Development of the Leishman-Donovan parasite in Cimex rotundatus - Number 31
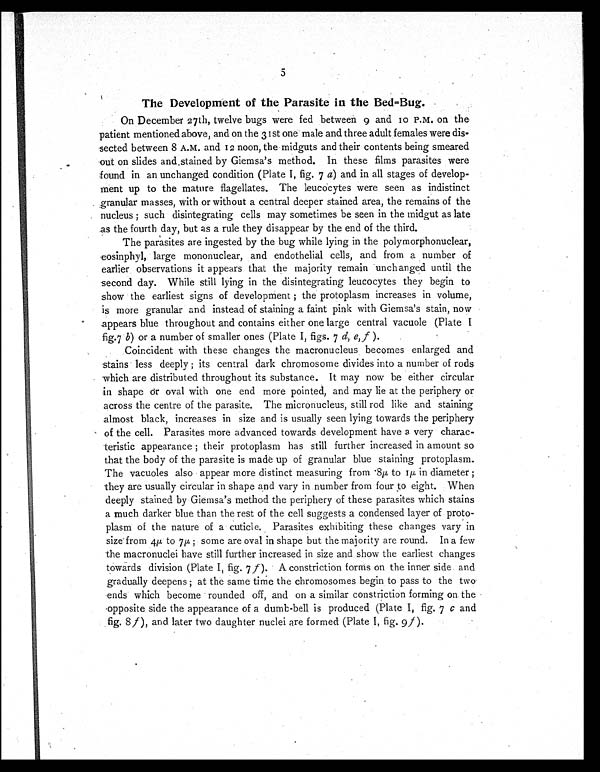
5
The Development of the Parasite in the Bed-Bug.
On December 27th, twelve bugs were fed between 9 and 10 P.M. on the
patient mentioned above, and on the 31st one male and three adult females were dis-
sected between 8 A.M. and 12 noon, the midguts and their contents being smeared
out on slides and stained by Giemsa's method. In these films parasites were
found in an unchanged condition (Plate I, fig. 7 a) and in all stages of develop-
ment up to the mature flagellates. The leucocytes were seen as indistinct
granular masses, with or without a central deeper stained area, the remains of the
nucleus ; such disintegrating cells may sometimes be seen in the midgut as late
as the fourth day, but as a rule they disappear by the end of the third.
The parasites are ingested by the bug while lying in the polymorphonuclear,
eosinphyl, large mononuclear, and endothelial cells, and from a number of
earlier observations it appears that the majority remain unchanged until the
second day. While still lying in the disintegrating leucocytes they begin to
show the earliest signs of development ; the protoplasm increases in volume,
is more granular and instead of staining a faint pink with Giemsa's stain, now
appears blue throughout and contains either one large central vacuole (Plate I
fig.7 b) or a number of smaller ones (Plate I, figs. 7 d, e,f ).
Coincident with these changes the macronucleus becomes enlarged and
stains less deeply ; its central dark chromosome divides into a number of rods
which are distributed throughout its substance. It may now be either circular
in shape or oval with one end more pointed, and may lie at the periphery or
across the centre of the parasite. The micronucleus, still rod like and staining
almost black, increases in size and is usually seen lying towards the periphery
of the cell. Parasites more advanced towards development have a very charac-
teristic appearance ; their protoplasm has still further increased in amount so
that the body of the parasite is made up of granular blue staining protoplasm.
The vacuoles also appear more distinct measuring from .8µ to 1µ in diameter ;
they are usually circular in shape and vary in number from four to eight. When
deeply stained by Giemsa's method the periphery of these parasites which stains
a much darker blue than the rest of the cell suggests a condensed layer of proto-
plasm of the nature of a cuticle. Parasites exhibiting these changes vary in
size from 4µ to 7µ ; some are oval in shape but the majority are round. In a few
the macronuclei have still further increased in size and show the earliest changes
towards division (Plate I, fig. 7 f ). A constriction forms on the inner side and
gradually deepens ; at the same time the chromosomes begin to pass to the two
ends which become rounded off, and on a similar constriction forming on the
opposite side the appearance of a dumb-bell is produced (Plate I, fig. 7 c and
fig. 8 f ), and later two daughter nuclei are formed (Plate I, fig. 9 f ).